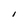
Character: I